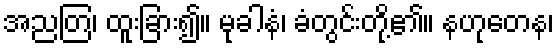
အညတြ၊ ထူးခြား၍။ မုခါနံ၊ ခံတွင်းတို့၏။ နဟုတေန၊